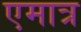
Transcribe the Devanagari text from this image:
एमात्र